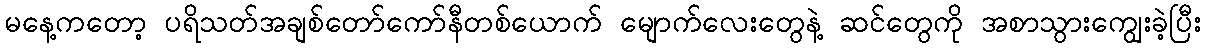
မနေ့ကတော့ ပရိသတ်အချစ်တော်ကော်နီတစ်ယောက် မျောက်လေးတွေနဲ့ ဆင်တွေကို အစာသွားကျွေးခဲ့ပြီး